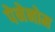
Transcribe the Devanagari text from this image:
पेनेनोम